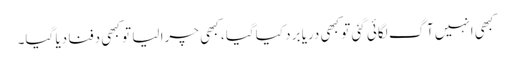
کبھی انہیں آگ لگائی گئی تو کبھی دریا برد کیاگیا ، کبھی چرا لیا تو کبھی دفنا دیا گیا۔